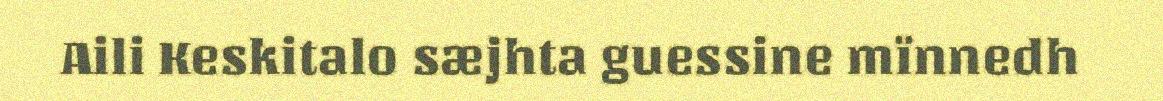
Aili Keskitalo sæjhta guessine mïnnedh